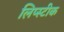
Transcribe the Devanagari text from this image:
लिप्स्टीक